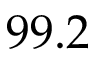
9 9 . 2